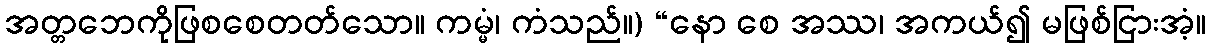
အတ္တဘေကိုဖြစစေတတ်သော။ ကမ္မံ၊ ကံသည်။) “နော စေ အဿ၊ အကယ်၍ မဖြစ်ငြားအံ့။